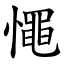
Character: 憴